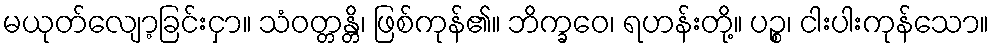
မယုတ်လျော့ခြင်းငှာ။ သံဝတ္တန္တိ၊ ဖြစ်ကုန်၏။ ဘိက္ခဝေ၊ ရဟန်းတို့။ ပဉ္စ၊ ငါးပါးကုန်သော။